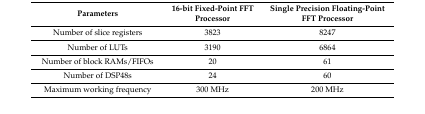
<table><thead><tr><td><b>Parameters</b></td><td><b>16-bit Fixed-Point FFT Processor</b></td><td><b>Single Precision Floating-Point FFT Processor</b></td></tr></thead><tbody><tr><td>Number of slice registers</td><td>3823</td><td>8247</td></tr><tr><td>Number of LUTs</td><td>3190</td><td>6864</td></tr><tr><td>Number of block RAMs/FIFOs</td><td>20</td><td>61</td></tr><tr><td>Number of DSP48s</td><td>24</td><td>60</td></tr><tr><td>Maximum working frequency</td><td>300 MHz</td><td>200 MHz</td></tr></tbody></table>